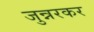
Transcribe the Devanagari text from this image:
जुन्नरकर